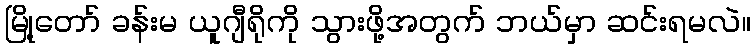
မြို့တော် ခန်းမ ယူဂျီရိုကို သွားဖို့အတွက် ဘယ်မှာ ဆင်းရမလဲ။